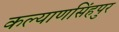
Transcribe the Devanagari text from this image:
कल्याणसिंहपुर